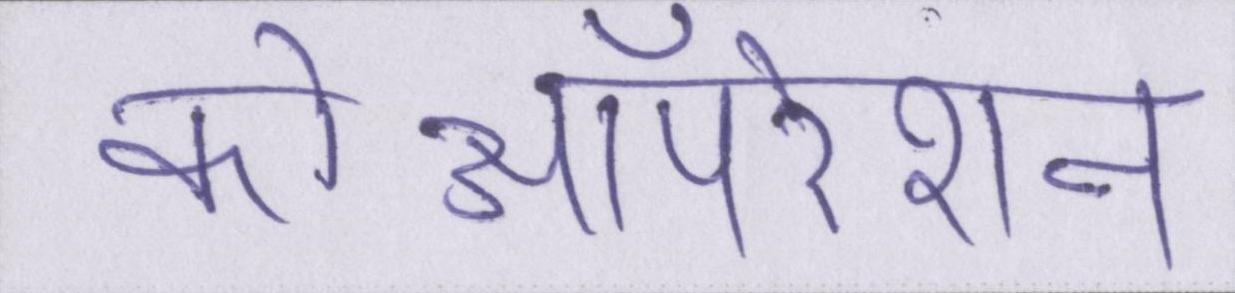
कोऑपरेशन